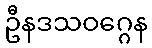
ဦနဒသဝဂ္ဂေန